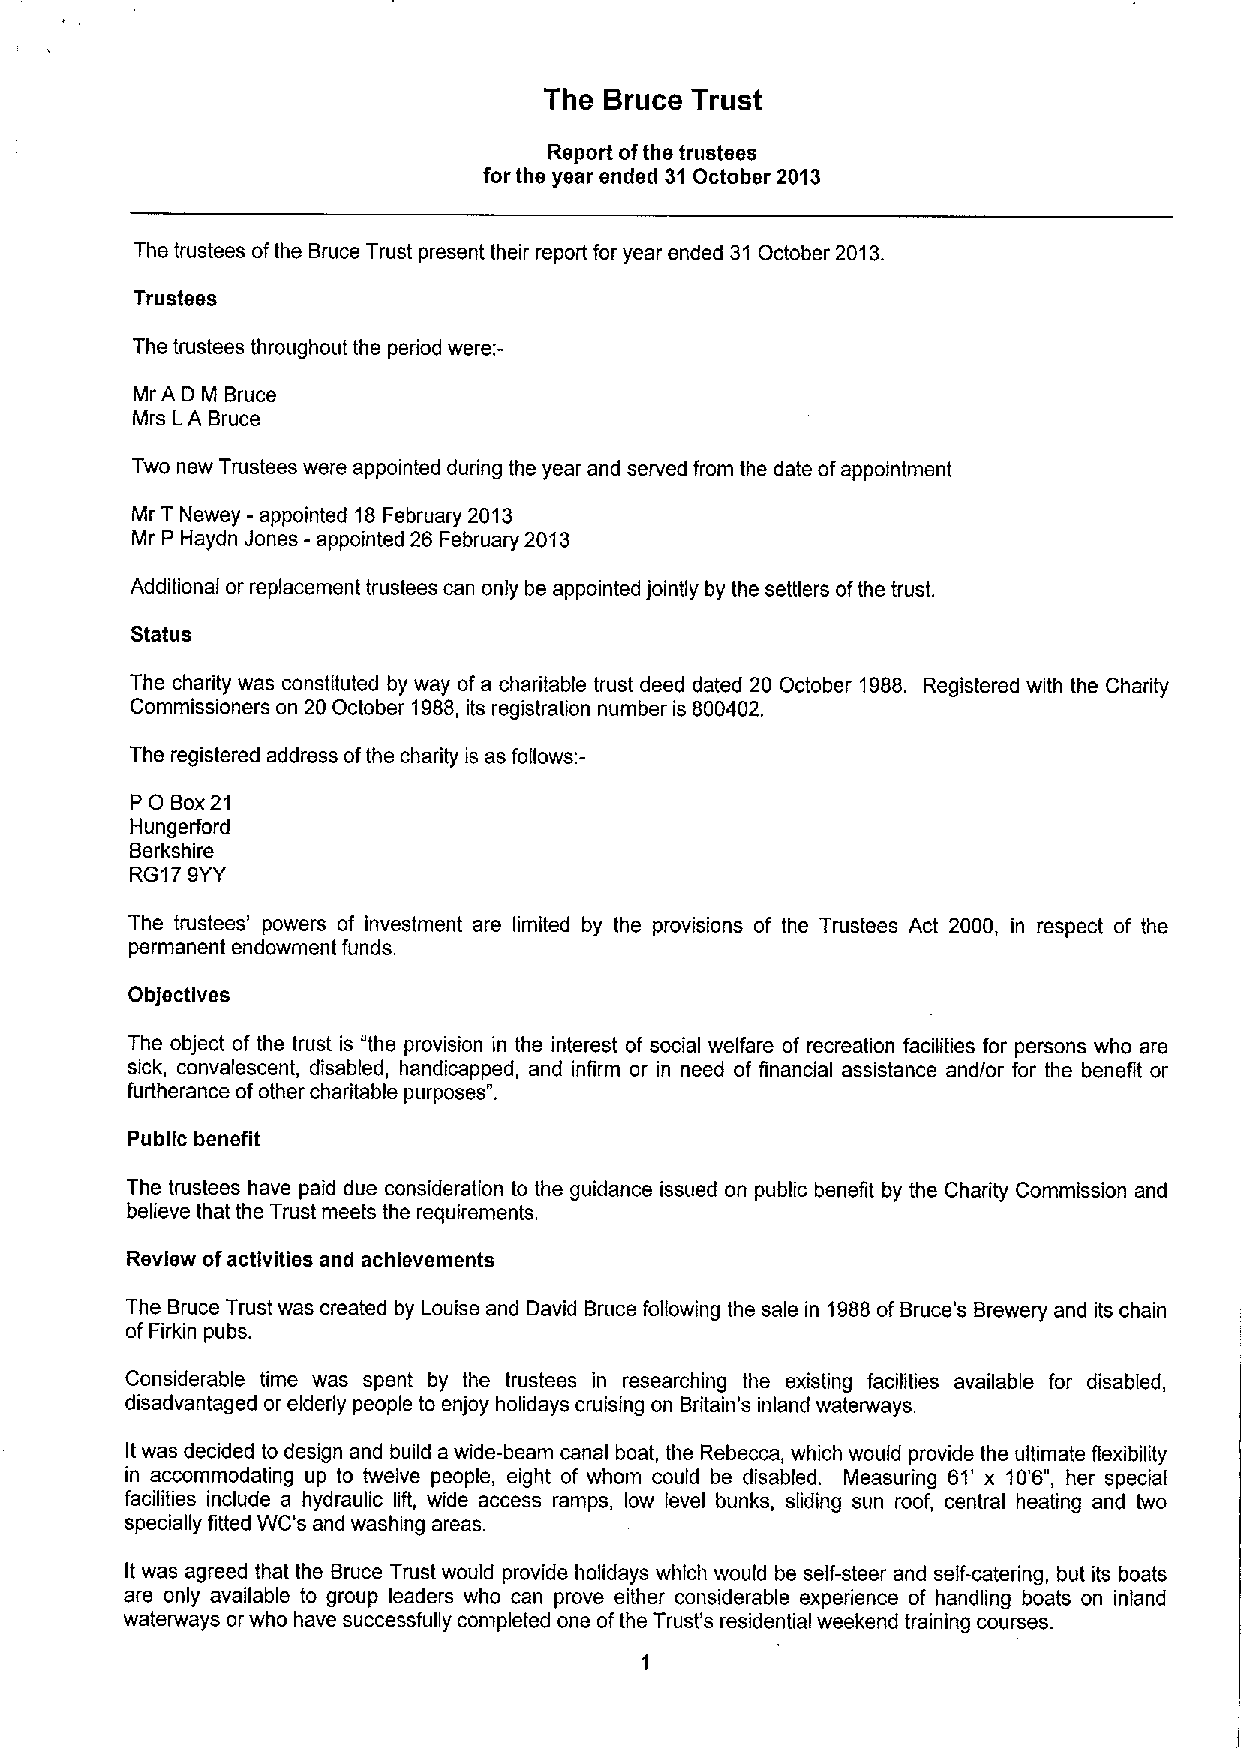
The Bruce Trust
 Report ofthe trustees
 for the year ended 31October 2013
 The trustees ofthe Bruce Trust present their report for year ended 31 October 2013.
 Trustees
 The trustees throughout the period were:-
 Mr A D M Bruce
 Mrs LA Bruce
 Two new Trustees were appointed during the year and served from the date ofappointment
 Mr 'T Newey - appointed 18February 2013
 Mr P Haydn Jones - appointed 26 February 2013
 Additional or replacement trustees can only be appointed jointly by the settlers ofthe trust.
 Status
 The charity was constituted by way ofa charitable trust deed dated 20 October 1988. Registered with the Charity
 Commissioners on 20 October 1988,its registration number is 800402.
 The registered address ofthe charity is as follows:-
 P 0 Box21
 Hungerford
 Berkshire
 RG179YY
 The trustees' powers of investment are limited by the provisions of the Trustees Act 2000, in respect of the
 permanent endowment funds.
 Objectives
 The object of the trust is "the provision in the interest of social welfare of recreation facilities for persons who are
 sick, convalescent, disabled, handicapped, and infirm or in need of Anancial assistance and/or for the benefit or
 furtherance ofother charitable purposes".
 Public benefit
 The trustees have paid due consideration to the guidance issued on public benefit by the Charity Commission and
 believe that the Trust meets the requirements.
 Review ofactivities and achievements
 The Bruce Trust was created by Louise and David Bruce following the sale in 1988ofBruce's Brewery and its chain
 ofFirkin pubs.
 Considerable time was spent by the trustees in researching the existing facilities available for disabled,
 disadvantaged or elderly people to enjoy holidays cruising on Britain's inland waterways.
 Itwas decided to design and build a wide-beam canal boat, the Rebecca, which would provide the ultimate flexibility
 in accommodating up to twelve people, eight of whom could be disabled. Measuring 61' x 10'6", her special
 facilities include a hydraulic lift, wide access ramps, low level bunks, sliding sun roof, central heating and two
 specially fitted WC's and washing areas.
 Itwas agreed that the Bruce Trust would provide holidays which would be self-steer and self-catering, but its boats
 are only available to group leaders who can prove either considerable experience of handling boats on inland
 waterways or who have successfully completed one ofthe Trust's residential weekend training courses.